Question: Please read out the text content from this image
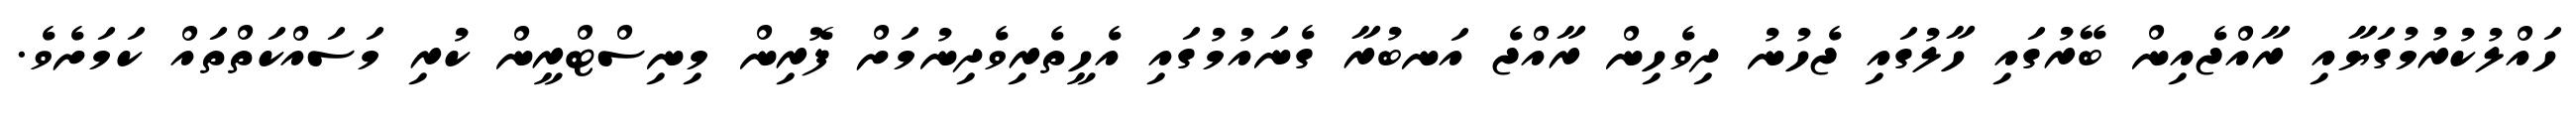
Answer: ހައްލުކުރުމުގަޔާއި ރާއްޖެއިން ބޭރުގައި ހާލުގައި ޖެހުނު ދިވެހިން ރާއްޖެ އަނބުރާ ގެނައުމުގައި އެހީތެރިވެދިނުމަށް ފޮރިން މިނިސްޓްރީން ކުރި މަސައްކަތްތައް ކަމަށެވެ.